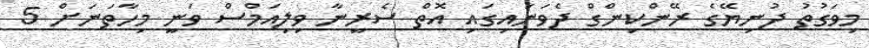
މިވަގުތު ދުނިޔޭގެ ރޭންކިންގް ދެވަނައިގައި އޮތް ސެރީނާ ވިލިއަމްސް ވަނީ މިހާތަނަށް 5